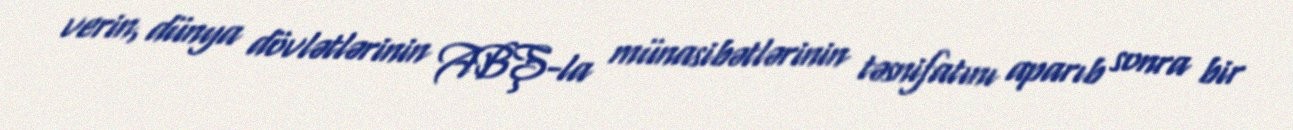
verin, dünya dövlətlərinin ABŞ-la münasibətlərinin təsnifatını aparıb sonra bir